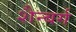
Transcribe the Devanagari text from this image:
शैन्बर्ग